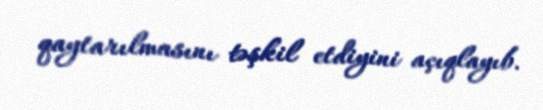
qaytarılmasını təşkil etdiyini açıqlayıb.